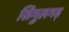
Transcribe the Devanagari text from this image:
सिमुलगढ़